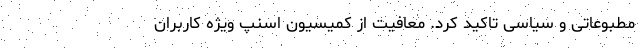
مطبوعاتی و سیاسی تاکید کرد. معافیت از کمیسیون اسنپ ویژه‌ کاربران